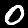
Digit: 0